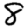
Digit: 8